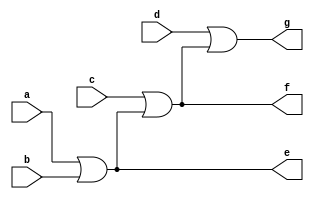
`timescale 1ns / 1ps
//////////////////////////////////////////////////////////////////////////////////
// Company: 
// Engineer: 
// 
// Design Name: 
// Module Name: four_input_or_gate_b
// Project Name: 
// Target Devices: 
// Tool Versions: 
// Description: 
// 
// Dependencies: 
// 
// Revision:
// Revision 0.01 - File Created
// Additional Comments:
// 
//////////////////////////////////////////////////////////////////////////////////



module four_input_or_gate_b(
    input a, b, c, d,
    output e, f, g
    );
    assign e = a|b;
    assign f = c|e;
    assign g = d|f;
endmodule